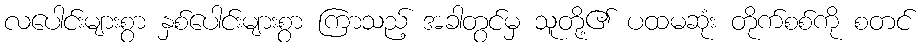
လပေါင်းများစွာ နှစ်ပေါင်းများစွာ ကြာသည့် အခါတွင်မှ သူတို့၏ ပထမဆုံး တိုက်စစ်ကို စတင်